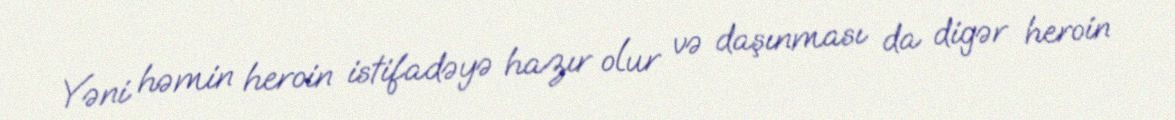
Yəni həmin heroin istifadəyə hazır olur və daşınması da digər heroin